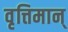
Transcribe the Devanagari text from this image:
वृत्तिमान्‌